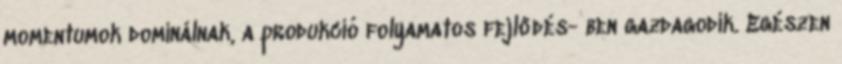
momentumok dominálnak, a produkció folyamatos fejlődés- ben gazdagodik. Egészen